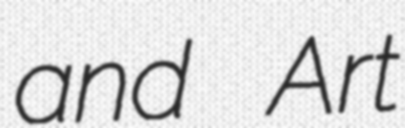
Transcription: and Art